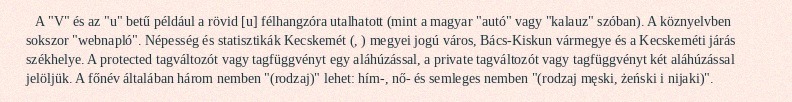
A "V" és az "u" betű például a rövid [u] félhangzóra utalhatott (mint a magyar "autó" vagy "kalauz" szóban). A köznyelvben sokszor "webnapló". Népesség és statisztikák Kecskemét (, ) megyei jogú város, Bács-Kiskun vármegye és a Kecskeméti járás székhelye. A protected tagváltozót vagy tagfüggvényt egy aláhúzással, a private tagváltozót vagy tagfüggvényt két aláhúzással jelöljük. A főnév általában három nemben "(rodzaj)" lehet: hím-, nő- és semleges nemben "(rodzaj męski, żeński i nijaki)".